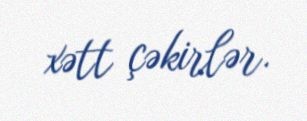
xətt çəkirlər.